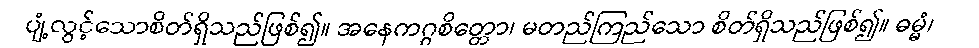
ပျံ့လွင့်သောစိတ်ရှိသည်ဖြစ်၍။ အနေကဂ္ဂစိတ္တော၊ မတည်ကြည်သော စိတ်ရှိသည်ဖြစ်၍။ ဓမ္မံ၊